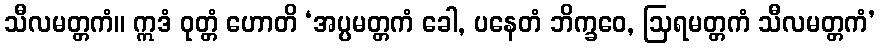
သီလမတ္တကံ။ ဣဒံ ဝုတ္တံ ဟောတိ ‘အပ္ပမတ္တကံ ခေါ, ပနေတံ ဘိက္ခဝေ, ဩရမတ္တကံ သီလမတ္တကံ’